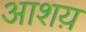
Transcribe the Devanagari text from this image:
आशय़